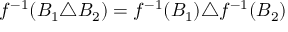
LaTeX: f ^ { - 1 } ( B _ { 1 } \triangle B _ { 2 } ) = f ^ { - 1 } ( B _ { 1 } ) \triangle f ^ { - 1 } ( B _ { 2 } )